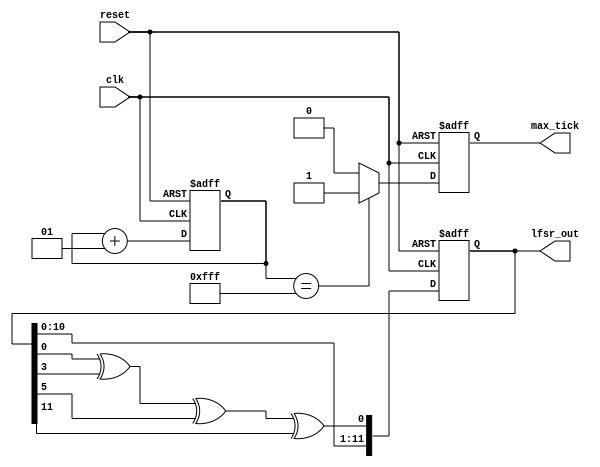
module lfsr (
    input wire clk, reset,
    output wire [N-1: 0] lfsr_out,
    output reg max_tick
    );
    
    localparam lfsr_seed = 12'b110000001101; // a seed value
    localparam N = 12; // number of bits in lfsr
    
    //signal declaration
    reg [N-1:0] lfsr_reg; // register storage
    reg [N-1:0] lfsr_next; // next value
    reg lfsr_tap; // to hold feedback
    
    integer cycle_count; // count the number of lfsr cycles
    
    // body
    // register
    always @(posedge clk, posedge reset)
        if (reset)
            begin
                lfsr_reg <= lfsr_seed;
                max_tick <= 1'b0; // reset max_tick
                cycle_count <= 0; // reset cycle counter
            end
        else
            begin
                lfsr_reg <= lfsr_next;
                cycle_count <= cycle_count + 1;
                // max_tick goes high after 2^N -1 cycles
                if (cycle_count == 2**N - 1 )
                    max_tick <= 1'b1;
                else
                    max_tick <= 1'b0;
            end
         
    // next-state logic
    always @*
    begin
        // For 12 bit lfsr, generate the feedback by XOR of tap 0, 3, 5, 11
        lfsr_tap = lfsr_reg[0] ^ lfsr_reg[3] ^ lfsr_reg[5] ^ lfsr_reg[11];
        // feedback goes into 0 position. Other bits shift up
        lfsr_next = {lfsr_reg[10:0],lfsr_tap };
    end 
    // output logic
    assign lfsr_out = lfsr_reg;
    
endmodule